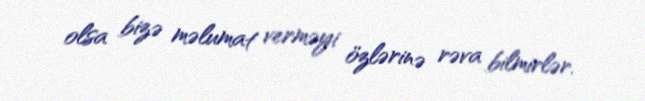
olsa bizə məlumat verməyi özlərinə rəva bilmirlər.